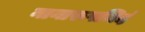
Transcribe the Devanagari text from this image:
नानारूपमिदं